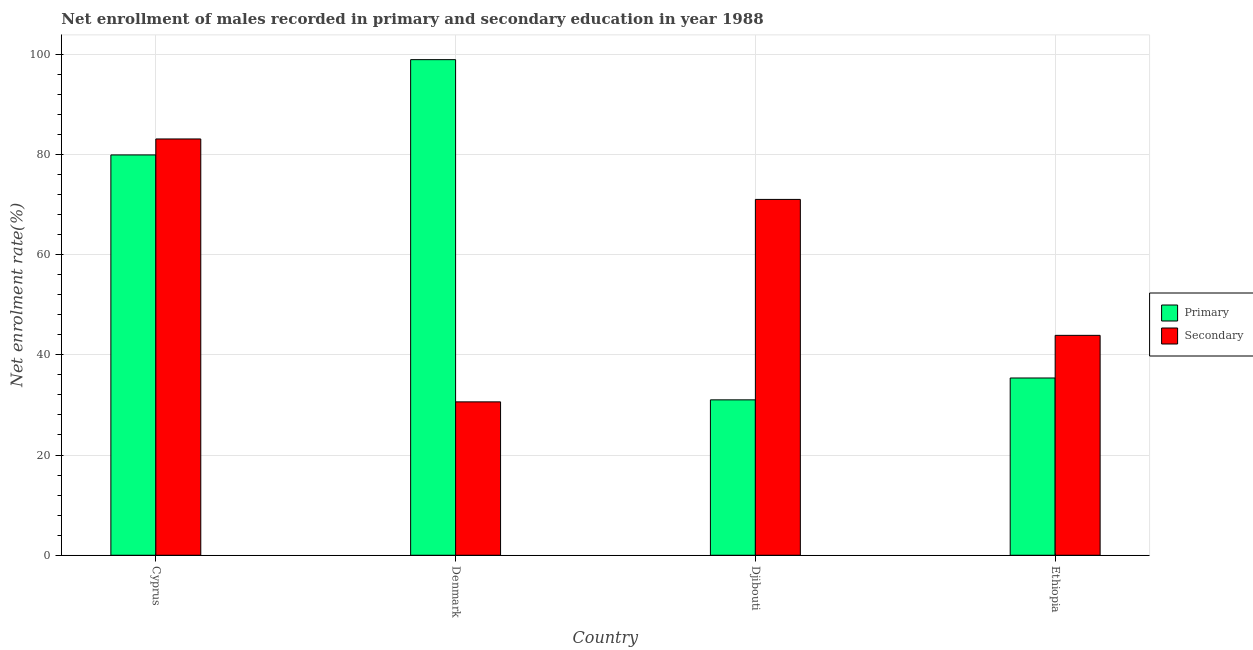
| Country | Primary | Secondary |
 | --- | --- | --- |
 | Cyprus | 79.9 | 83.1 |
 | Denmark | 98.9 | 30.6 |
 | Djibouti | 31 | 71 |
 | Ethiopia | 35.4 | 43.9 |